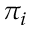
\pi _ { i }